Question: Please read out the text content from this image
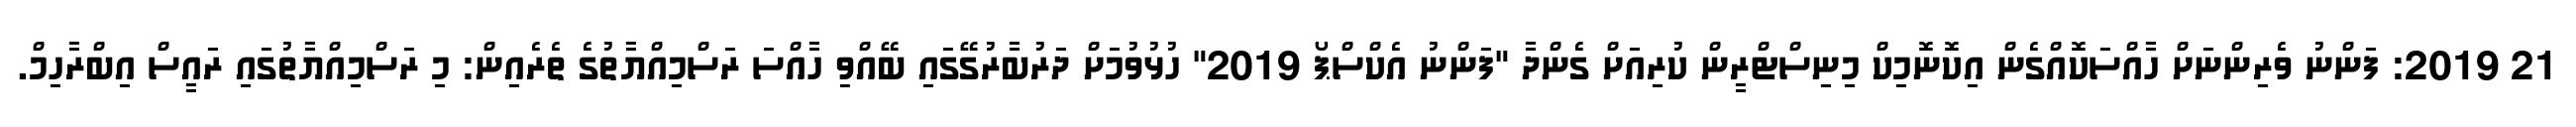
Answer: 21 2019: ފަންނު ވެރިންނަށް ހާއްސަކޮއްގެން އިކޮނޮމިކް މިނިސްޓްރީން ކުރިއަށް ގެންދާ "ފަންނު އެކްސްޕޯ 2019" ހުޅުވުމަށް ދަރުބާރުގޭގައި ބޭއްވި ހާއްސަ ރަސްމިއްޔާތުގެ ތެރެއިން: މި ރަސްމިއްޔާތުގައި ރައީސް އިބްރާހިމް.